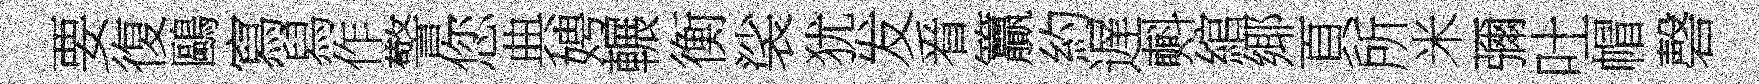
要復鷗寫舄作警您典娉輾衡裟犹发㸔籯約遅㪺綰鄊頁所米彌吐帽磬